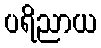
ပရိညာယ